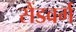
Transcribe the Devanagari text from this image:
सैंडवर्ग